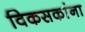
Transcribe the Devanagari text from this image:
विकसकांना